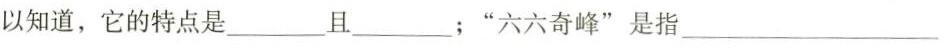
以知道，它的特点是___且___；”六六奇峰”是指___。